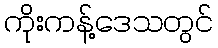
ကိုးကန့်ဒေသတွင်